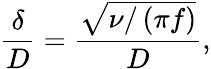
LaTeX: \frac{\delta}{D}=\frac{\sqrt{\nu/\left(\pi f\right)}}{D},